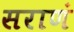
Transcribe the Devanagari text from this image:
सराणं